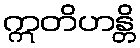
ဣတိဟန္တိ